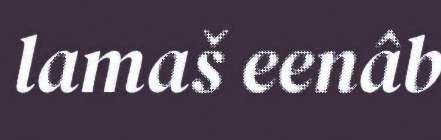
lamaš eenâb